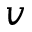
v